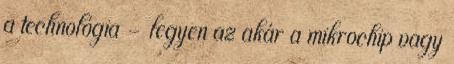
a technológia – legyen az akár a mikrochip vagy